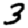
Digit: 3